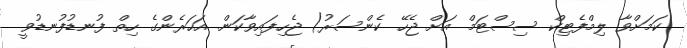
ކަމަށްވާ ލިމްފެޓިކް ސިސްޓަމް އަށް ޖެހޭ ކެންސަރު) ޖެހިފައިވާކަން. އަހަރެންގެ ހިތް ފުނޑުފުނޑުވީ